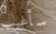
سأغيب